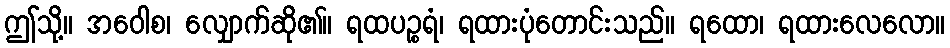
ဤသို့။ အဝေါစ၊ လျှောက်ဆို၏။ ရထပဉ္စရံ၊ ရထားပုံတောင်းသည်။ ရထော၊ ရထားလေလော။